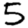
Digit: 5